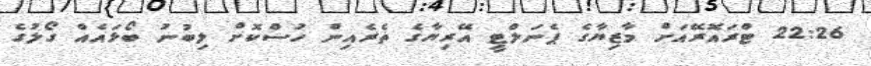
22:26 ޓްރައޮރޭއަށް މާޒިޔާގެ ޕެނަލްޓީ އޭރިޔާގެ ތެރެއިން ހުސްކޮށް ލިބުނު ބޯޅައެއް ގޯލުގެ